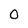
Character: 0